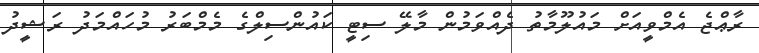
ރާޢްޖެ އެމްވީއަށް މައުލޫމާތު ދެއްވަމުން މާލޭ ސިޓީ ކައުންސިލްގެ މެމްބަރު މުހައްމަދު ރަޝީދު